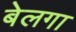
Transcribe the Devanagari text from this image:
बेलगा